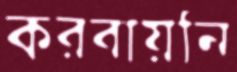
করবায়নি